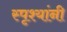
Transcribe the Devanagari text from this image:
स्पृश्यांनी